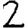
Digit: 2